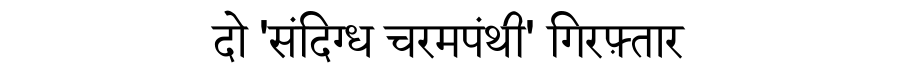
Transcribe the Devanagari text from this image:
दो 'संदिग्ध चरमपंथी' गिरफ़्तार